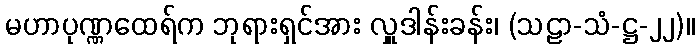
မဟာပုဏ္ဏထေရ်က ဘုရားရှင်အား လှူဒါန်းခန်း၊ (သဠာ-သံ-ဋ္ဌ-၂၂)။